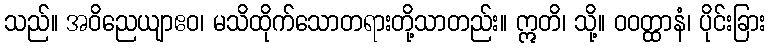
သည်။ အဝိညေယျာဧဝ၊ မသိထိုက်သောတရားတို့သာတည်း။ ဣတိ၊ သို့။ ဝဝတ္ထာနံ၊ ပိုင်းခြား